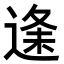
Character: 𮞦